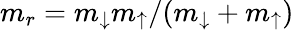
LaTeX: m_{r}=m_{\downarrow}m_{\uparrow}/(m_{\downarrow}+m_{\uparrow})